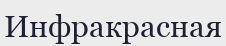
Инфракрасная